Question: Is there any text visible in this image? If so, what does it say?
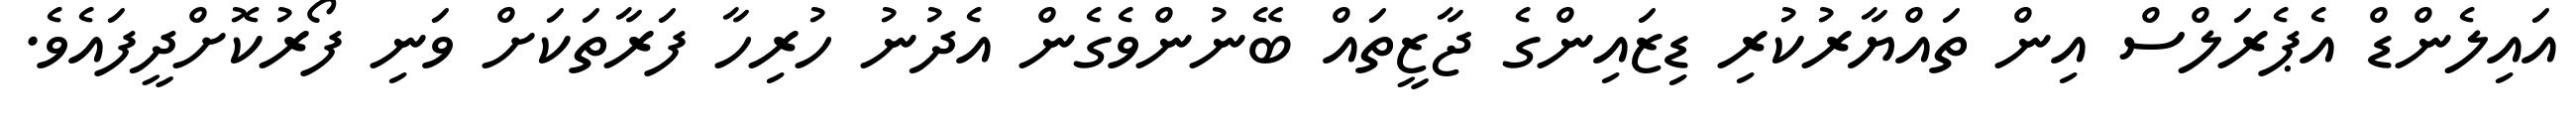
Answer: އައިލެންޑް އެޕެރަލްސް އިން ތައްޔާރުކުރި ޑިޒައިންގެ ޖާޒީތައް ބޭނުންވެގެން އެދުނު ހުރިހާ ފަރާތަކަށް ވަނި ފޯރުކޮށްދީފައެވެ.